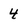
Character: 4